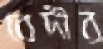
বেদীর